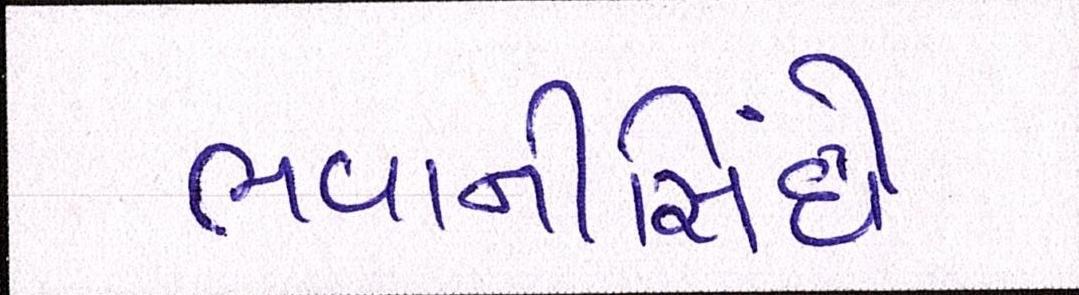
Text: ભવાનીસિંઘે